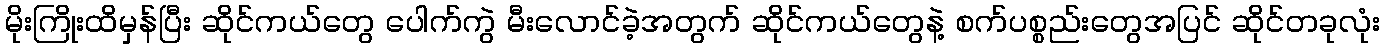
မိုးကြိုးထိမှန်ပြီး ဆိုင်ကယ်တွေ ပေါက်ကွဲ မီးလောင်ခဲ့အတွက် ဆိုင်ကယ်တွေနဲ့ စက်ပစ္စည်းတွေအပြင် ဆိုင်တခုလုံး